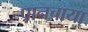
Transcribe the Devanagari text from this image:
पानचाया